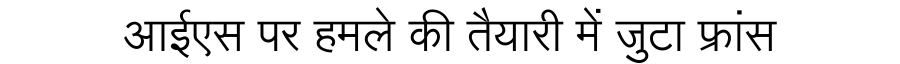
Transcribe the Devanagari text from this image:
आईएस पर हमले की तैयारी में जुटा फ्रांस